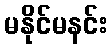
မနိုင်မနင်း